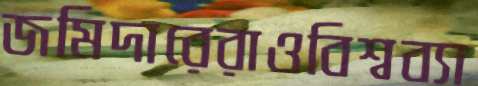
জমিদারেরাওবিশ্বব্যা